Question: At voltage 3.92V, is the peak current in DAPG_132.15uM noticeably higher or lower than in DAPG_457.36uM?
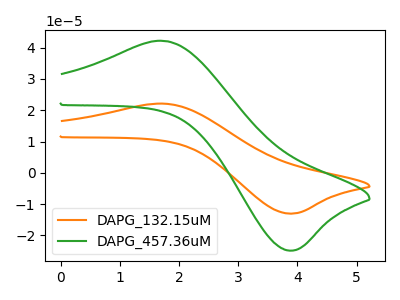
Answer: <think>The orange curve "DAPG_132.15uM" has an anodic peak at (1.75V, 22.10uA) and a cathodic peak at (3.90V, -13.05uA). The green curve "DAPG_457.36uM" has an anodic peak at (1.75V, 42.15uA) and a cathodic peak at (3.90V, -24.85uA).</think>
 <answer>The peak at 3.92V is lower in "DAPG_132.15uM" than in "DAPG_457.36uM".</answer>
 <eval>lower</eval>